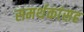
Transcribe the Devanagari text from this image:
समर्थकांसह